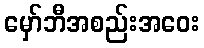
မှော်ဘီအစည်းအဝေး